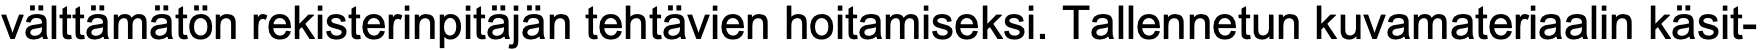
välttämätön rekisterinpitäjän tehtävien hoitamiseksi. Tallennetun kuvamateriaalin käsit-